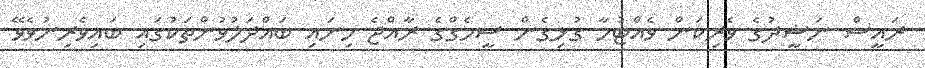
ރައީސް ނަޝީދުގެ ވެރިކަން ވެއްޓުމާ ގުޅިގެން ސީމެގްގެ ރާއްޖެ ހިނައި ބައްދަލުވުންތަކުގައި ބައިވެރިނުވެވޭ